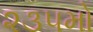
૨૩૫મો